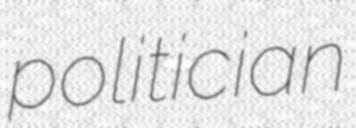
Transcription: politician